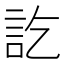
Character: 訖